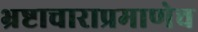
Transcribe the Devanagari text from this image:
भ्रष्टाचाराप्रमाणेच